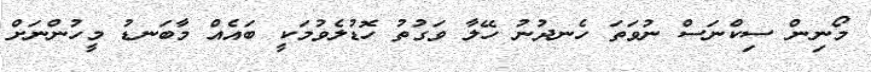
މޯނިން ސިކްނަސް ނުވަތަ ހެނދުނު ހޭލާ ވަގުތު ހޮޑުލެވުމަކީ ބައެއް މާބަނޑު މީހުންނަށް